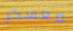
معسكر